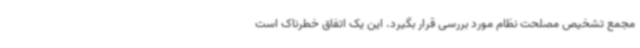
مجمع تشخیص مصلحت نظام مورد بررسی قرار بگیرد. این یک اتفاق خطرناک است